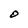
Character: O